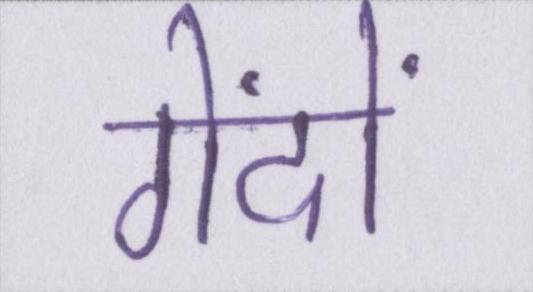
गेंदों